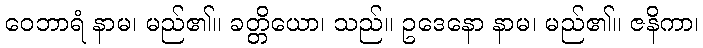
ဝေဘာရံ နာမ၊ မည်၏။ ခတ္တိယော၊ သည်။ ဥဒေနော နာမ၊ မည်၏။ ဇနိကာ၊